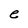
Character: e